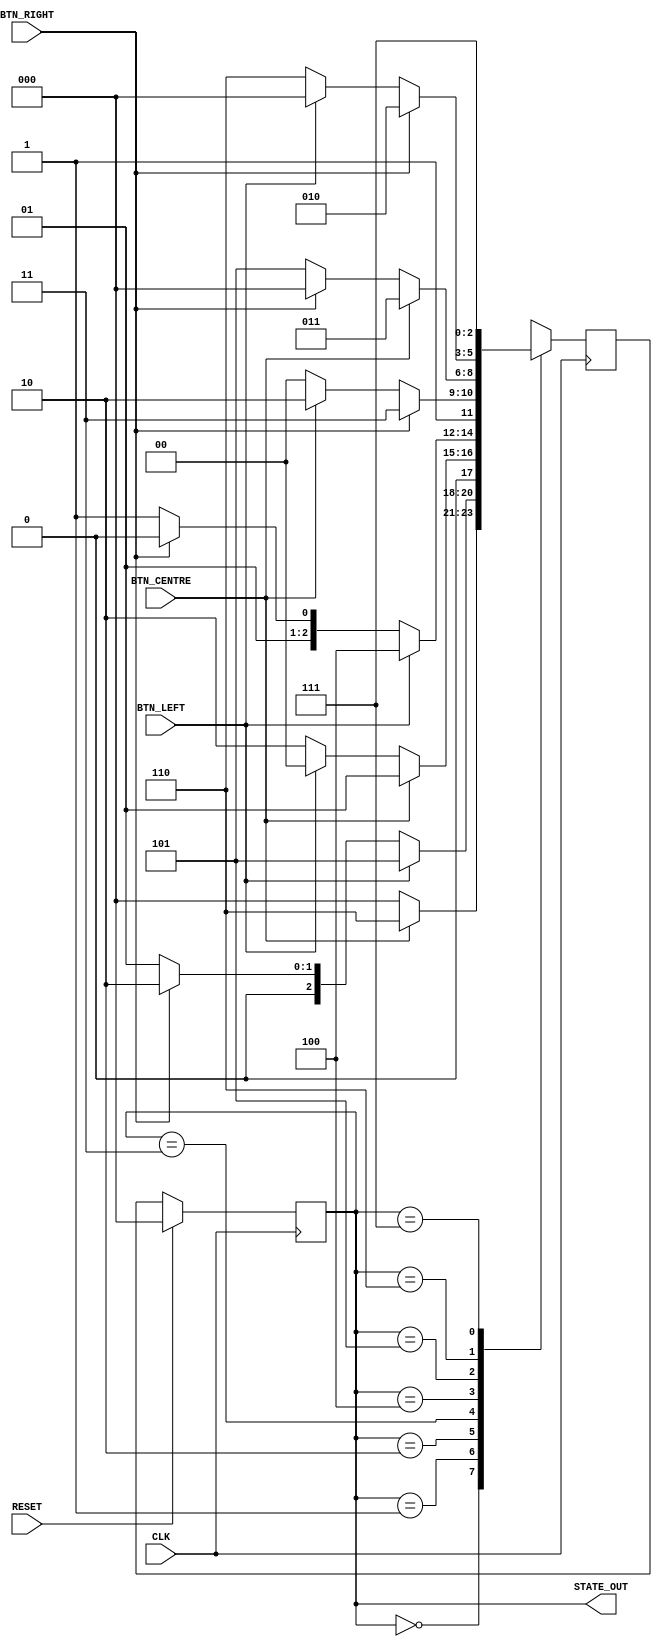
`timescale 1ns/1ps

module basic_State_Machine (
    input CLK,
    input RESET,
    input BTN_LEFT,
    input BTN_CENTRE,
    input BTN_RIGHT,
    output [2:0] STATE_OUT
);

    // Registers for current state
    reg [2:0] current_State;
    reg [2:0] next_State;

    // Sequential logic: Control signal for state machine
    always@(posedge CLK) begin
        if(RESET)
            current_State <= 3'b000;
        else
            current_State <= next_State;
    end

    // Combinatorial logic: State machine next state assignment
    always@(posedge CLK) begin
        case(current_State)
            3'd0 : begin
                if(BTN_CENTRE)
                    next_State <= 3'd6;
                else
                    next_State <= 3'd0;
            end

            3'd1 : begin
                if(BTN_LEFT)
                    next_State <= 3'd5;
                else if(BTN_RIGHT)
                    next_State <= 3'd2;
                else
                    next_State <= 3'd1;
            end

            3'd2 : begin
                if(BTN_CENTRE)
                    next_State <= 3'd1;
                else if(BTN_LEFT)
                    next_State <= 3'd0;
                else
                    next_State <= 3'd2;
            end

            3'd3 : begin
                if(BTN_LEFT)
                    next_State <= 3'd4;
                else if(BTN_RIGHT)
                    next_State <= 3'd2;
                else
                    next_State <= 3'd3;
            end

            3'd4 : begin
                if(BTN_RIGHT)
                    next_State <= 3'd7;
                else if(BTN_CENTRE)
                    next_State <= 3'd6;
                else
                    next_State <= 3'd4;
            end

            3'd5 : begin
                if(BTN_CENTRE)
                    next_State <= 3'd3;
                else if(BTN_RIGHT)
                    next_State <= 3'd0;
                else
                    next_State <= 3'd5;
            end
            
            3'd6 : begin
                if(BTN_RIGHT)
                    next_State <= 3'd2;
                else if(BTN_LEFT)
                    next_State <= 3'd0;
                else
                    next_State <= 3'd6;
            end

            3'd7 : begin
                if(BTN_RIGHT)
                    next_State <= 3'd7;
                else
                    next_State <= 3'd7;
            end
        endcase
    end

    // Output is wired to the register current state
    assign STATE_OUT = current_State;
endmodule